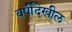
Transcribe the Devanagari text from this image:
वर्षीदेखील